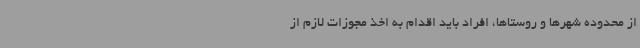
از محدوده شهرها و روستاها، افراد باید اقدام به اخذ مجوزات لازم از